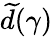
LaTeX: \widetilde d(\gamma)